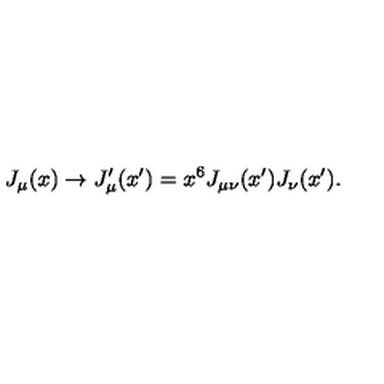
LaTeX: J _ { \mu } ( x ) \rightarrow J _ { \mu } ^ { \prime } ( x ^ { \prime } ) = x ^ { 6 } J _ { \mu \nu } ( x ^ { \prime } ) J _ { \nu } ( x ^ { \prime } ) .